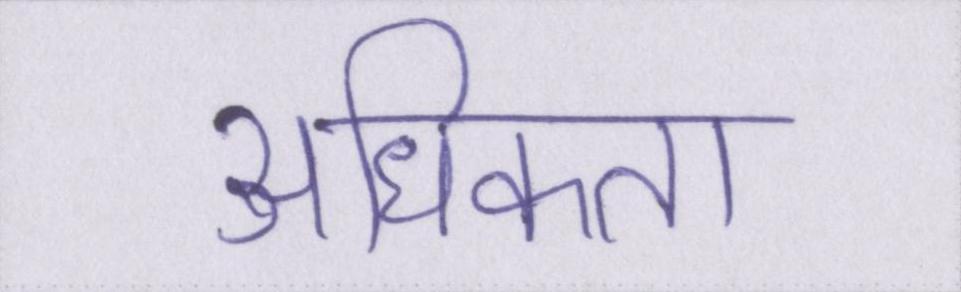
अधिकता